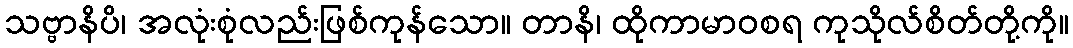
သဗ္ဗာနိပိ၊ အလုံးစုံလည်းဖြစ်ကုန်သော။ တာနိ၊ ထိုကာမာဝစရ ကုသိုလ်စိတ်တို့ကို။